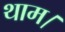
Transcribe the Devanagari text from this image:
थाम।